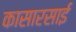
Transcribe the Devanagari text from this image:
कासारसाई